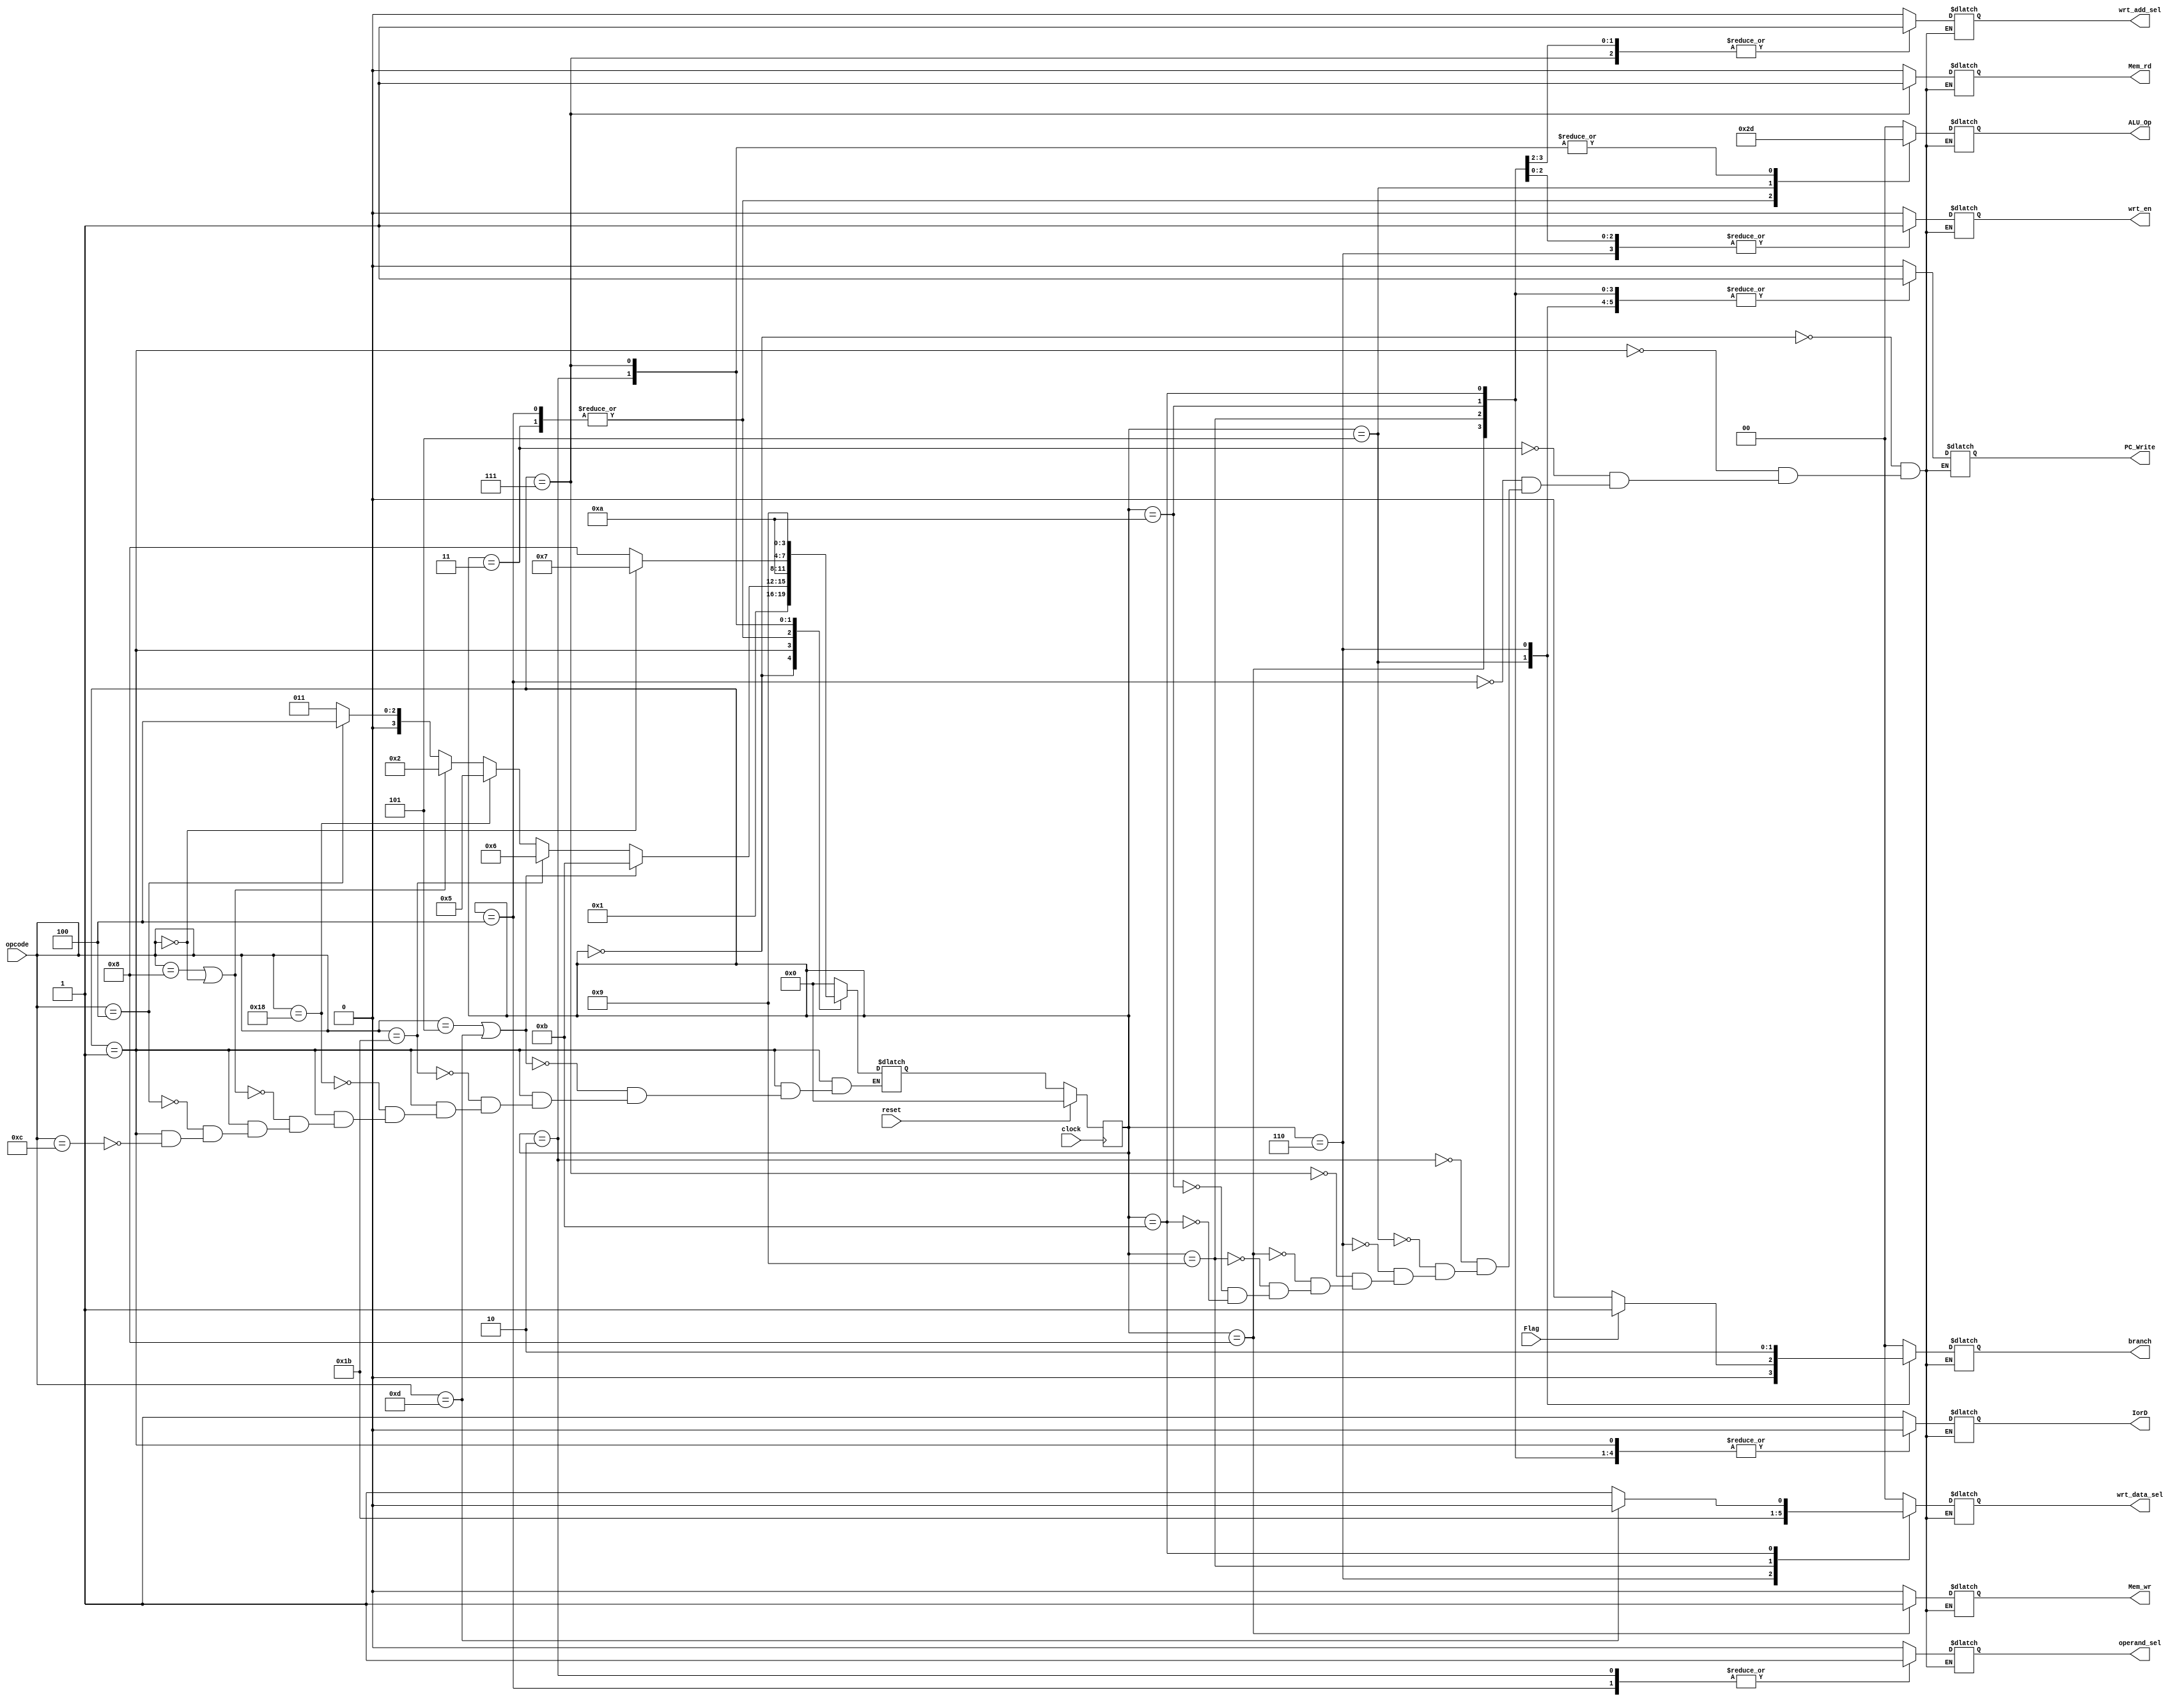
module FSM(input clock,
input reset,
input[4:0] opcode ,
input Flag,
//reg[3:0] next_state;
output reg[1:0] ALU_Op,
output reg wrt_en ,
output reg wrt_add_sel,
output reg[1:0]wrt_data_sel,
output reg operand_sel,
output reg [1:0]branch , 
output reg Mem_rd ,
output reg Mem_wr ,
output reg IorD,
output reg PC_Write);
reg [3:0] next_state;
reg [3:0] present_state;
parameter  IF = 4'd0;
parameter  ID = 4'd1;
parameter  EX_S =4'd2;
parameter  EX_R =4'd3;
parameter  EX_I =4'd4;
parameter  EX_B =4'd5;
parameter  EX_J =4'd6;
parameter  MEM_load =4'd7;
parameter  MEM_store =4'd8;
parameter  WB_load =4'd9;
parameter  WB_reg =4'd10;
parameter  WB_UI = 4'd11;
always@(present_state,Flag)
begin
case(present_state)

	IF : 
		begin
		ALU_Op = 00;  
		wrt_en = 0;
		wrt_add_sel = 0;
		wrt_data_sel = 00;
		operand_sel = 0;
		branch = 00;  
		Mem_rd = 0;
		Mem_wr = 0;
		PC_Write = 0;
		next_state = ID;
		IorD= 1;
		end

		
	ID : 
		begin		
		ALU_Op = 00;  
		wrt_en = 0;
		wrt_add_sel = 0;
		wrt_data_sel = 00;
		operand_sel = 0;
		branch = 00;  
		Mem_rd = 0;
		Mem_wr = 0;
		PC_Write = 0;
		if(opcode==5'b01100)
		next_state = EX_R;
		if(opcode==5'b00100)
		next_state = EX_I;
		if(opcode==5'b01000| opcode ==5'b00000)
		next_state = EX_S;
		if(opcode==5'b11000)
		next_state = EX_B;
		if(opcode==5'b11011)
		next_state = EX_J;
		if(opcode==5'b00101 | opcode == 5'b01101)
                next_state = WB_UI ;
		IorD=0;
		end

	EX_R: 
		begin		
		ALU_Op = 10;      //for arithmetic operations
		wrt_en = 0;
		wrt_add_sel = 0;
		wrt_data_sel = 00;
		operand_sel = 1'b0 ;    // operand B from Reg file
		branch = 00;  
		Mem_rd = 0;
		Mem_wr = 0;
		PC_Write = 0;
		IorD=0;
		next_state = WB_reg;
		end
	EX_I : 
		begin		
		ALU_Op = 2'b10;  // for arithmetic operations
		wrt_en = 0;
		wrt_add_sel = 0;
		wrt_data_sel = 0;
		operand_sel = 1'b1;  //for operand B from immediate generator
		branch = 00;  
		Mem_rd = 0;
		Mem_wr = 0;
		PC_Write = 0;
		IorD=0;
		next_state = WB_reg;
		end
	EX_S :                   //Load and Store 
		begin		
		ALU_Op = 2'b01;    //for address calculation  
		wrt_en = 0;
		wrt_add_sel = 0;
		wrt_data_sel = 0;
		operand_sel = 1'b1;  //from immediate generator
		branch = 00;  
		Mem_rd = 0;
		Mem_wr = 0;
		PC_Write = 0;
		IorD=0;
		if(opcode == 5'b00000)
		next_state = MEM_load;
		else
		next_state = MEM_store;
		end
	EX_B : 
		begin
		IorD=0;
		ALU_Op = 11;    //branch condition check
		wrt_en = 0;
		wrt_add_sel = 0;
		wrt_data_sel = 2'b00;
		operand_sel = 0;
		Mem_rd = 0;
		Mem_wr = 0;
		if(Flag==1)
		begin
		branch = 2'b01;
		//PC_Write = 1;
		end
		else
		begin
		branch = 2'b00;
		//PC_Write = 0;
		end
		PC_Write = 1;
		next_state = IF;
		end
	EX_J : 
		begin
		ALU_Op = 2'b00;  
		wrt_en = 1;
		wrt_add_sel = 0;
		wrt_data_sel = 11;  //Rd<-PC+offset
		operand_sel = 0;
		branch = 2'b10;
		Mem_rd = 0;
		Mem_wr = 0;
		PC_Write =1'b1;
		IorD=0;
		next_state = IF;
		end
	MEM_load : 
		begin
		ALU_Op = 01;  
		wrt_en = 0;
		wrt_add_sel = 1'b1;  //selecting data memory
		wrt_data_sel = 00;
		operand_sel = 0;
		branch = 00;  
		Mem_rd = 1'b1;
		Mem_wr = 0;
		PC_Write =0;
		IorD=0;
		next_state = WB_load ;
		end
	MEM_store : 
		begin	
		ALU_Op =00;  
		wrt_en = 0;
		wrt_add_sel = 1'b1; //selecting data memory in Address out bus
		wrt_data_sel = 00;
		operand_sel = 0;
		branch = 00;  
		Mem_rd = 0;
		Mem_wr = 1'b1;
		PC_Write = 1;
		IorD=0;
		next_state = IF;
		end
	WB_load : 
		begin
		ALU_Op = 00;  
		wrt_en = 1;
		wrt_add_sel = 1;
		wrt_data_sel =01 ;  //Rd<- DI
		operand_sel = 0;
		branch = 00;  
		Mem_rd = 0;
		Mem_wr =0;
		PC_Write = 1;
		IorD=0;
		next_state = IF;
		end
	WB_reg : 
		begin
		ALU_Op = 00;  
		wrt_en =1;
		wrt_add_sel = 0;
		wrt_data_sel =00;   //Rd<-ALU_Out
		operand_sel = 0;
		branch = 00;  
		Mem_rd = 0;
		Mem_wr = 0;
		PC_Write = 1;
		IorD=0;
		next_state = IF ;
		end
	WB_UI : begin
		ALU_Op = 00;  
		wrt_en =1;
		wrt_add_sel = 0;
		operand_sel = 0;
		branch = 00;     
		Mem_rd = 0;
		Mem_wr = 0;
		PC_Write = 1;
		IorD=0;
		if(opcode==5'b01101)    //LUI Rd<-imm_20;
		wrt_data_sel = 10;
		else
		wrt_data_sel =11;   //AUIPC Rd<-PC+offset
		next_state = IF ;
		end
		
	default :next_state = IF;
endcase
end
always@(posedge clock)
begin
if(reset == 1'b1)
 present_state = IF;
else
 present_state = next_state;
end
endmodule